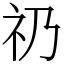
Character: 礽